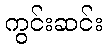
ကွင်းဆင်း